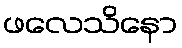
ဖလေသိနော